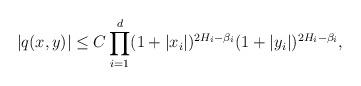
LaTeX: \begin{align*}\left| q(x, y) \right| \leq C \prod^d_{i=1} (1+|x_i|)^{2H_i-\beta_i} (1+|y_i|)^{2H_i-\beta_i} ,\end{align*}